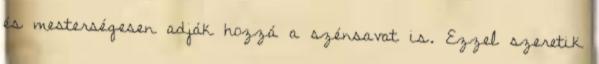
és mesterségesen adják hozzá a szénsavat is. Ezzel szeretik